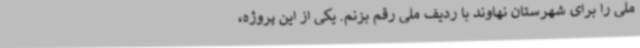
ملی را برای شهرستان نهاوند با ردیف ملی رقم بزنم. یکی از این پروژه،